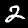
Digit: 2